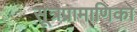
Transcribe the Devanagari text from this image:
सूत्रप्रामाणिका